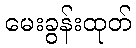
မေးခွန်းထုတ်